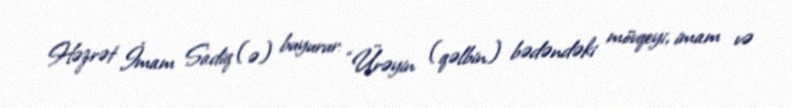
Həzrət İmam Sadiq (ə) buyurur: “Ürəyin (qəlbin) bədəndəki mövqeyi, imam və